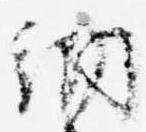
納